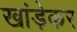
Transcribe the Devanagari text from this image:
खांड़ेकर